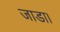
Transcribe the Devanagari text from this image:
जाडा।